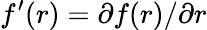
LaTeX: f^{\prime}(r)=\partial f(r)/\partial r